Problem: 48 + 48 = ?
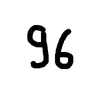
Handwritten answer: 96